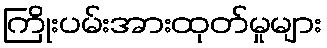
ကြိုးပမ်းအားထုတ်မှုများ